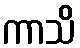
ကာသိ